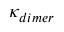
\kappa _ { d i m e r }